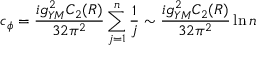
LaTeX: c _ { \phi } = { \frac { i g _ { Y M } ^ { 2 } C _ { 2 } ( R ) } { 3 2 \pi ^ { 2 } } } \sum _ { j = 1 } ^ { n } { \frac { 1 } { j } } \sim { \frac { i g _ { Y M } ^ { 2 } C _ { 2 } ( R ) } { 3 2 \pi ^ { 2 } } } \ln n